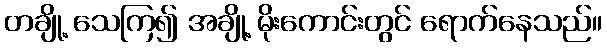
တချို့ သေကြ၍ အချို့ မိုးကောင်းတွင် ရောက်နေသည်။